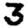
Digit: 3